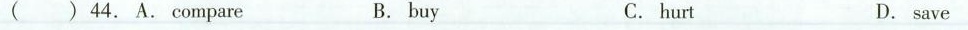
44. A.Compare B. buy C.hurt D. save ( )